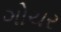
ગોચર